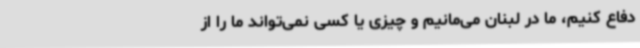
دفاع کنیم، ما در لبنان می‌مانیم و چیزی یا کسی نمی‌تواند ما را از